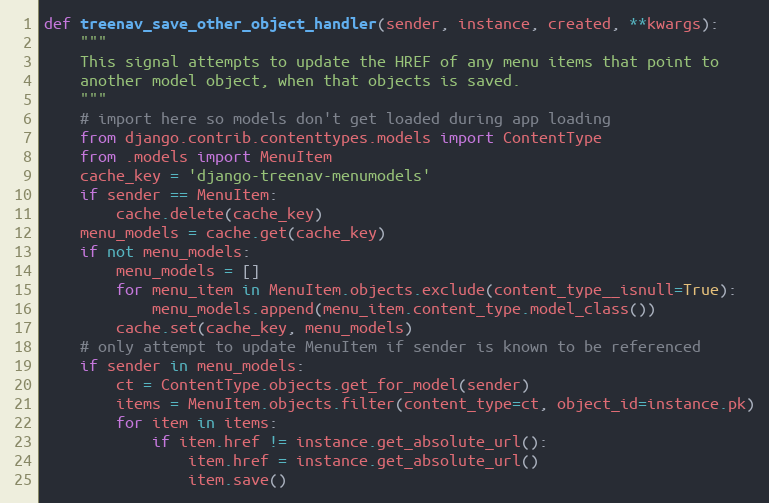
Language: Python
def treenav_save_other_object_handler(sender, instance, created, **kwargs):
    """
    This signal attempts to update the HREF of any menu items that point to
    another model object, when that objects is saved.
    """
    # import here so models don't get loaded during app loading
    from django.contrib.contenttypes.models import ContentType
    from .models import MenuItem
    cache_key = 'django-treenav-menumodels'
    if sender == MenuItem:
        cache.delete(cache_key)
    menu_models = cache.get(cache_key)
    if not menu_models:
        menu_models = []
        for menu_item in MenuItem.objects.exclude(content_type__isnull=True):
            menu_models.append(menu_item.content_type.model_class())
        cache.set(cache_key, menu_models)
    # only attempt to update MenuItem if sender is known to be referenced
    if sender in menu_models:
        ct = ContentType.objects.get_for_model(sender)
        items = MenuItem.objects.filter(content_type=ct, object_id=instance.pk)
        for item in items:
            if item.href != instance.get_absolute_url():
                item.href = instance.get_absolute_url()
                item.save()